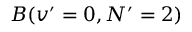
B ( v ^ { \prime } = 0 , N ^ { \prime } = 2 )